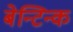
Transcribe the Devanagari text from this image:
बेन्टिन्क